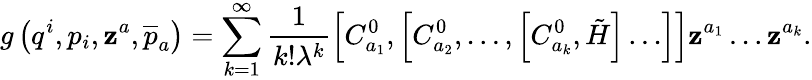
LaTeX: g\left(q^{i},p_{i},\mathbf{z}^{a},\overline{{{{p}}}}_{a}\right)=\sum_{k=1}^{\infty}\frac{1}{{k!\lambda^{k}}}\left[C_{a_{1}}^{0},\left[C_{a_{2}}^{0},\ldots,\left[C_{a_{k}}^{0},\tilde{{H}}\right]\ldots\right]\right]\mathbf{z}^{a_{1}}\ldots\mathbf{z}^{a_{k}}.